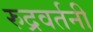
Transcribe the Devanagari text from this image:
रुद्रवर्तनी